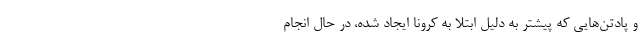
و پادتن‌هایی که پیشتر به دلیل ابتلا به کرونا ایجاد شده، در حال انجام